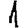
Digit: 1